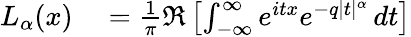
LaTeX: \begin{array}{rl}{L_{\alpha}(x)}&{{}={\frac{1}{\pi}}\Re\left[\int_{-\infty}^{\infty}e^{itx}e^{-q|t|^{\alpha}}\, dt\right]}\end{array}